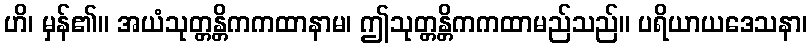
ဟိ၊ မှန်၏။ အယံသုတ္တန္တိကကထာနာမ၊ ဤသုတ္တန္တိကကထာမည်သည်။ ပရိယာယဒေသနာ၊